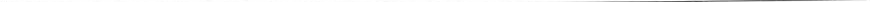
___